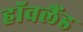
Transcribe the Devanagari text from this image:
हॉवलैंड